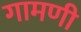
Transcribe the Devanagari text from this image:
गामणी